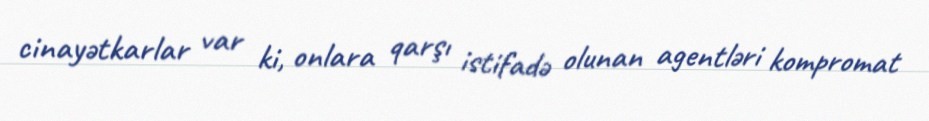
cinayətkarlar var ki, onlara qarşı istifadə olunan agentləri kompromat